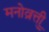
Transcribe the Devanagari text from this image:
मनोव्रुत्ती